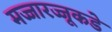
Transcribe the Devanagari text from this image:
मज्जारज्जूकडे